Calcutta medical institutions reports 1892-1900
Year: 1892
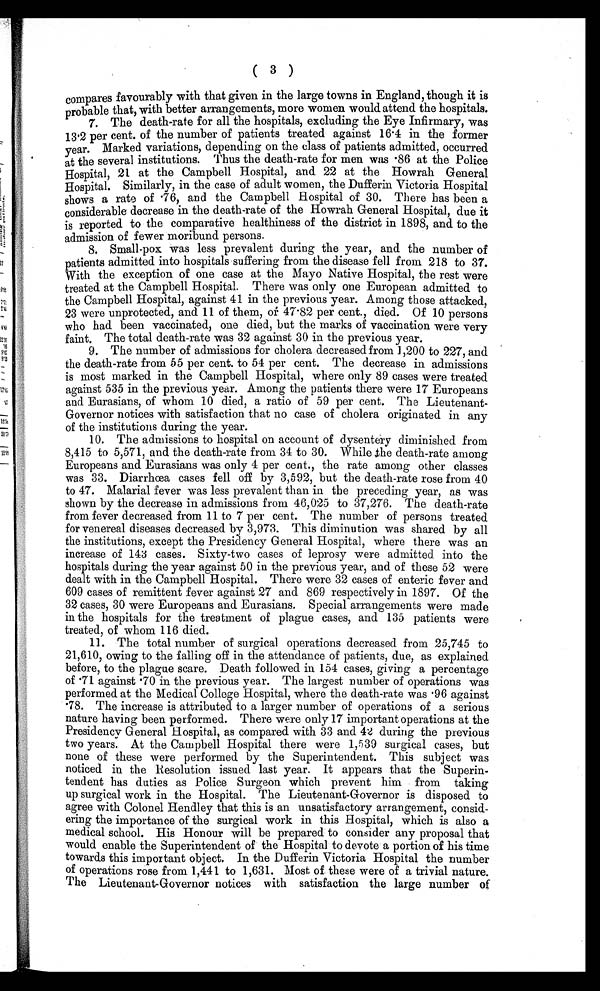
( 3 )
compares favourably with that given in the large towns in England, though it is
probable that, with better arrangements, more women would attend the hospitals.
7. The death-rate for all the hospitals, excluding the Eye Infirmary, was
13 . 2 per cent. of the number of patients treated against 16 .4 in the former
year. Marked variations, depending on the class of patients admitted, occurred
at the several institutions. Thus the death-rate for men was .86 at the Police
Hospital, 21 at the Campbell Hospital, and 22 at the Howrah General
Hospital. Similarly, in the case of adult women, the Dufferin Victoria Hospital
shows a rate of .76, and the Campbell Hospital of 30. There has been a
considerable decrease in the death-rate of the Howrah General Hospital, due it
is reported to the comparative healthiness of the district in 1898, and to the
admission of fewer moribund persons.
8. Small-pox was less prevalent during the year, and the number of
patients admitted into hospitals suffering from the disease fell from 218 to 37.
With the exception of one case at the Mayo Native Hospital, the rest were
treated at the Campbell Hospital. There was only one European admitted to
the Campbell Hospital, against 41 in the previous year. Among those attacked,
23 were unprotected, and 11 of them, or 47.82 per cent., died. Of 10 persons
who had been vaccinated, one died, but the marks of vaccination were very
faint. The total death-rate was 32 against 30 in the previous year.
9. The number of admissions for cholera decreased from 1,200 to 227, and
the death-rate from 55 per cent. to 54 per cent. The decrease in admissions
is most marked in the Campbell Hospital, where only 89 cases were treated
against 535 in the previous year. Among the patients there were 17 Europeans
and Eurasians, of whom 10 died, a ratio of 59 per cent. The Lieutenant-
Governor notices with satisfaction that no case of cholera originated in any
of the institutions during the year.
10. The admissions to hospital on account of dysentery diminished from
8,415 to 5,571, and the death-rate from 34 to 30. While the death-rate among
Europeans and Eurasians was only 4 per cent., the rate among other classes
was 33. Diarrhœa cases fell off by 3,592, but the death-rate rose from 40
to 47. Malarial fever was less prevalent than in the preceding year, as was
shown by the decrease in admissions from 46,025 to 37,276. The death-rate
from fever decreased from 11 to 7 per cent. The number of persons treated
for venereal diseases decreased by 3,973. This diminution was shared by all
the institutions, except the Presidency General Hospital, where there was an
increase of 143 cases. Sixty-two cases of leprosy were admitted into the
hospitals during the year against 50 in the previous year, and of these 52 were
dealt with in the Campbell Hospital. There were 32 cases of enteric fever and
609 cases of remittent fever against 27 and 869 respectively in 1897. Of the
32 cases, 30 were Europeans and Eurasians. Special arrangements were made
in the hospitals for the treatment of plague cases, and 135 patients were
treated, of whom 116 died.
11. The total number of surgical operations decreased from 25,745 to
21,610, owing to the falling off in the attendance of patients, due, as explained
before, to the plague scare. Death followed in 154 cases, giving a percentage
of .71 against .70 in the previous year. The largest number of operations was
performed at the Medical College Hospital, where the death-rate was .96 against
.78. The increase is attributed to a larger number of operations of a serious
nature having been performed. There were only 17 important operations at the
Presidency General Hospital, as compared with 33 and 42 during the previous
two years. At the Campbell Hospital there were 1,539 surgical cases, but
none of these were performed by the Superintendent. This subject was
noticed in the Resolution issued last year. It appears that the Superin-
tendent has duties as Police Surgeon which prevent him from taking
up surgical work in the Hospital. The Lieutenant-Governor is disposed to
agree with Colonel Hendley that this is an unsatisfactory arrangement, consid-
ering the importance of the surgical work in this Hospital, which is also a
medical school. His Honour will be prepared to consider any proposal that
would enable the Superintendent of the Hospital to devote a portion of his time
towards this important object. In the Dufferin Victoria Hospital the number
of operations rose from 1,441 to 1,631. Most of these were of a trivial nature.
The Lieutenant-Governor notices with satisfaction the large number of